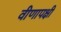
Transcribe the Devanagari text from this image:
वीणापक्षी